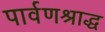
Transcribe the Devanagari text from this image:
पार्वणश्राद्ध